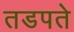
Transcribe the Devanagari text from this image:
तडपते